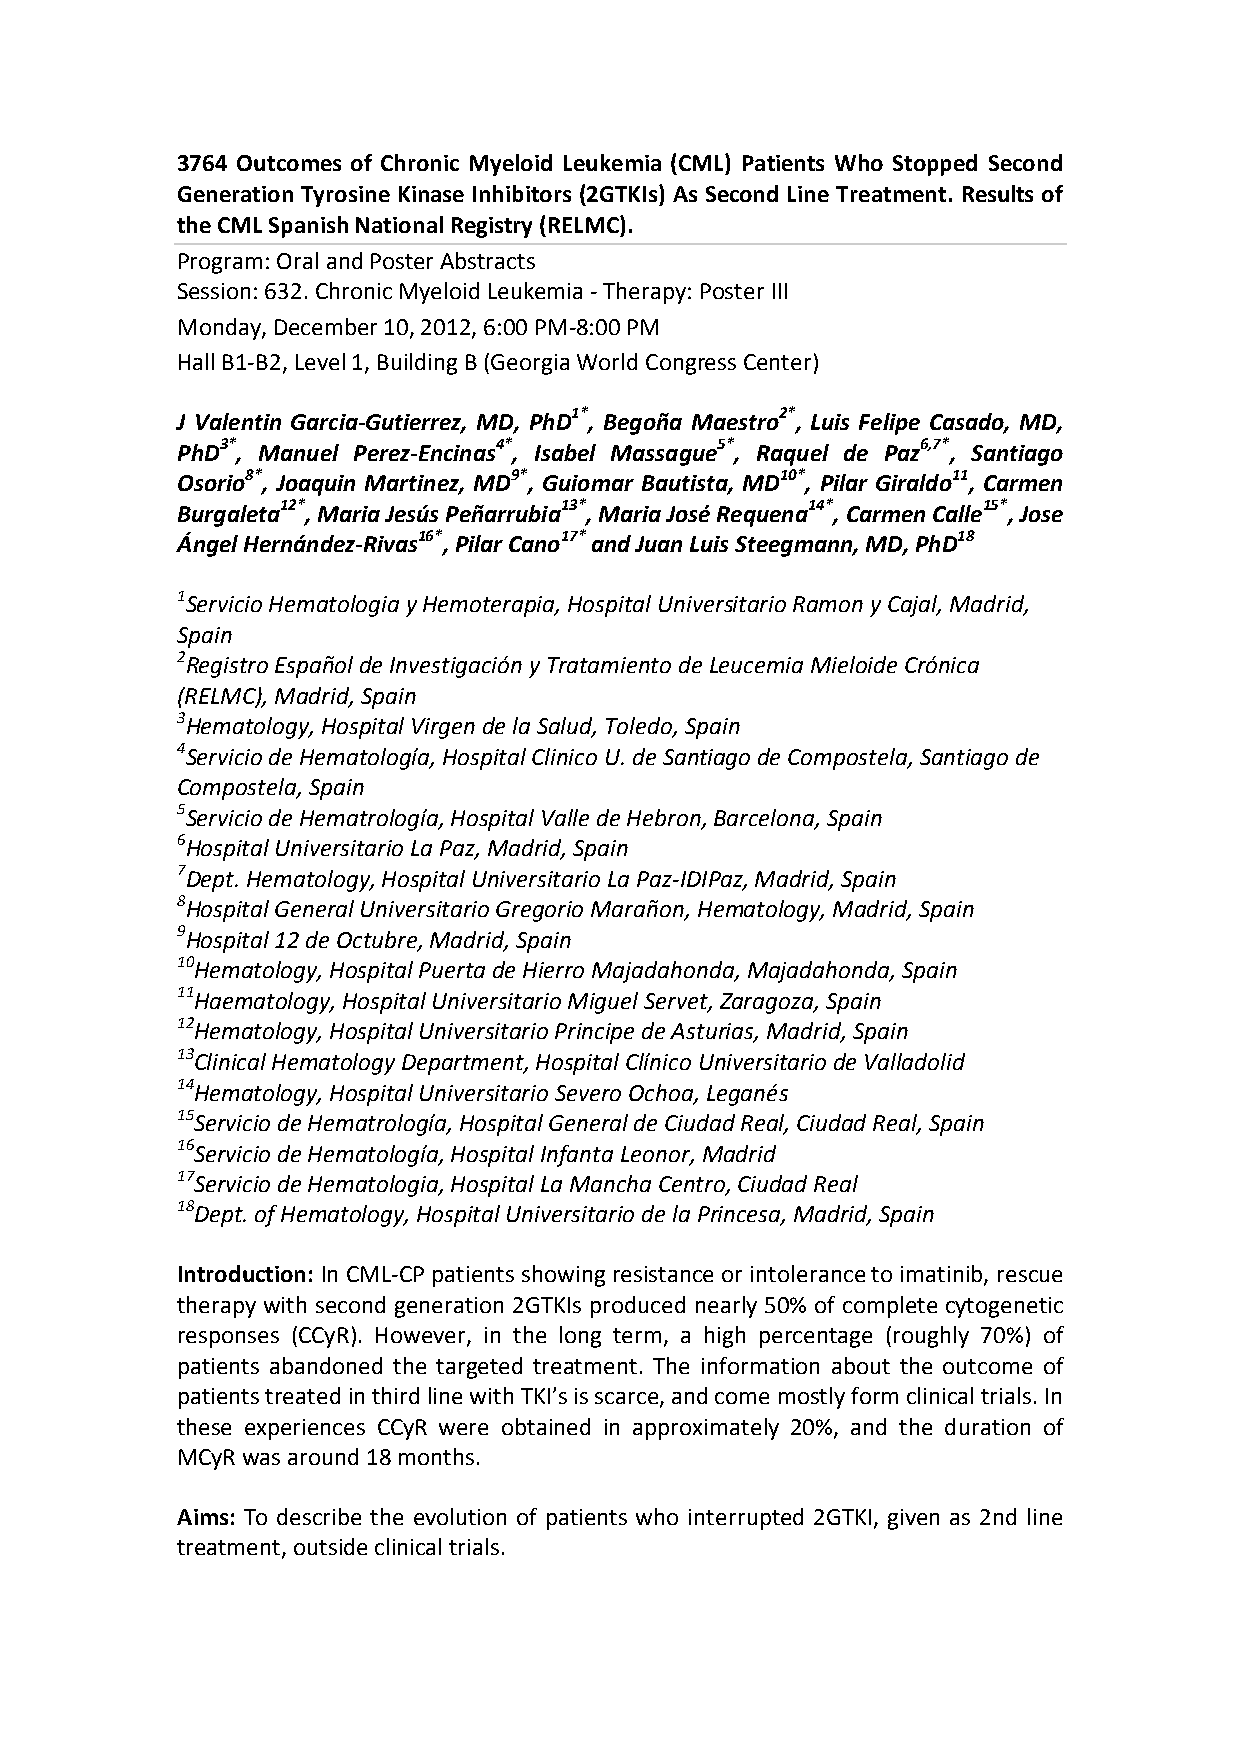
3764 Outcomes of Chronic Myeloid Leukemia (CML) Patients Who Stopped Second
 Generation Tyrosine Kinase Inhibitors (2GTKIs) As Second Line Treatment. Results of
 the CML Spanish National Registry (RELMC).
 Program: Oral and Poster Abstracts
 Session: 632. Chronic Myeloid Leukemia - Therapy: Poster III
 Monday, December 10, 2012, 6:00 PM-8:00 PM
 Hall B1-B2, Level 1, Building B (Georgia World Congress Center)
 J Valentin Garcia-Gutierrez, MD, PhD1*, Begoña Maestro2*, Luis Felipe Casado, MD,
 PhD3*, Manuel Perez-Encinas4*, Isabel Massague5*, Raquel de Paz6,7*, Santiago
 Osorio8*, Joaquin Martinez, MD9*, Guiomar Bautista, MD10*, Pilar Giraldo11, Carmen
 Burgaleta12*, Maria Jesús Peñarrubia13*, Maria José Requena14*, Carmen Calle15*, Jose
 Ángel Hernández-Rivas16*, Pilar Cano17* and Juan Luis Steegmann, MD, PhD18
 1Servicio Hematologia y Hemoterapia, Hospital Universitario Ramon y Cajal, Madrid,
 Spain
 2Registro Español de Investigación y Tratamiento de Leucemia Mieloide Crónica
 (RELMC), Madrid, Spain
 3Hematology, Hospital Virgen de la Salud, Toledo, Spain
 4Servicio de Hematología, Hospital Clinico U. de Santiago de Compostela, Santiago de
 Compostela, Spain
 5Servicio de Hematrología, Hospital Valle de Hebron, Barcelona, Spain
 6Hospital Universitario La Paz, Madrid, Spain
 7Dept. Hematology, Hospital Universitario La Paz-IDIPaz, Madrid, Spain
 8Hospital General Universitario Gregorio Marañon, Hematology, Madrid, Spain
 9Hospital 12 de Octubre, Madrid, Spain
 10Hematology, Hospital Puerta de Hierro Majadahonda, Majadahonda, Spain
 11Haematology, Hospital Universitario Miguel Servet, Zaragoza, Spain
 12Hematology, Hospital Universitario Principe de Asturias, Madrid, Spain
 13Clinical Hematology Department, Hospital Clínico Universitario de Valladolid
 14Hematology, Hospital Universitario Severo Ochoa, Leganés
 15Servicio de Hematrología, Hospital General de Ciudad Real, Ciudad Real, Spain
 16Servicio de Hematología, Hospital Infanta Leonor, Madrid
 17Servicio de Hematologia, Hospital La Mancha Centro, Ciudad Real
 18Dept. of Hematology, Hospital Universitario de la Princesa, Madrid, Spain
 Introduction: In CML-CP patients showing resistance or intolerance to imatinib, rescue
 therapy with second generation 2GTKIs produced nearly 50% of complete cytogenetic
 responses (CCyR). However, in the long term, a high percentage (roughly 70%) of
 patients abandoned the targeted treatment. The information about the outcome of
 patients treated in third line with TKI’s is scarce, and come mostly form clinical trials. In
 these experiences CCyR were obtained in approximately 20%, and the duration of
 MCyR was around 18 months.
 Aims: To describe the evolution of patients who interrupted 2GTKI, given as 2nd line
 treatment, outside clinical trials.